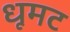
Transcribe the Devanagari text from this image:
धूमट